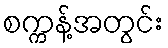
စက္ကန့်အတွင်း